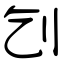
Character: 刉